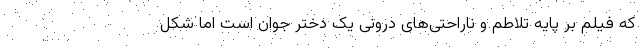
که فیلم بر پایه تلاطم و ناراحتی‌های درونی یک دختر جوان است اما شکل